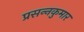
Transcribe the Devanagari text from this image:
प्रसन्‍नकुमार